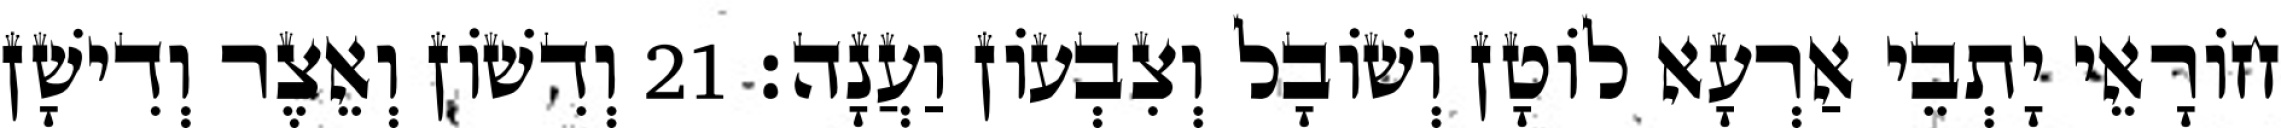
חוֹרָאֵי יָתְבֵי אַרְעָא לוֹטָן וְשׁוֹבָל וְצִבְעוֹן וַעֲנָה׃ 21 וְדִשׁוֹן וְאֵצֶר וְדִישָׁן